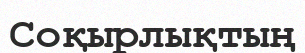
Соқырлықтың